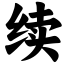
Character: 续